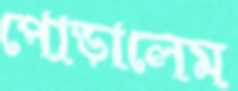
পোড়ালেম